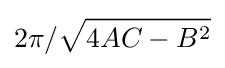
2\pi /{\sqrt {4AC-B^{2}}}